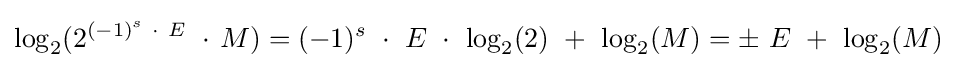
\log _{2}(2^{(-1)^{s}\ \cdot \ E}\ \cdot \,M)=(-1)^{s}\ \cdot \ E\ \cdot \ \log _{2}(2)\ +\ \log _{2}(M)=\pm \ E\ +\ \log _{2}(M)\